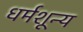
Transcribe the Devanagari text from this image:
धर्मशून्य